Vabadussoja_Ajaloo_Komitee, lk 82
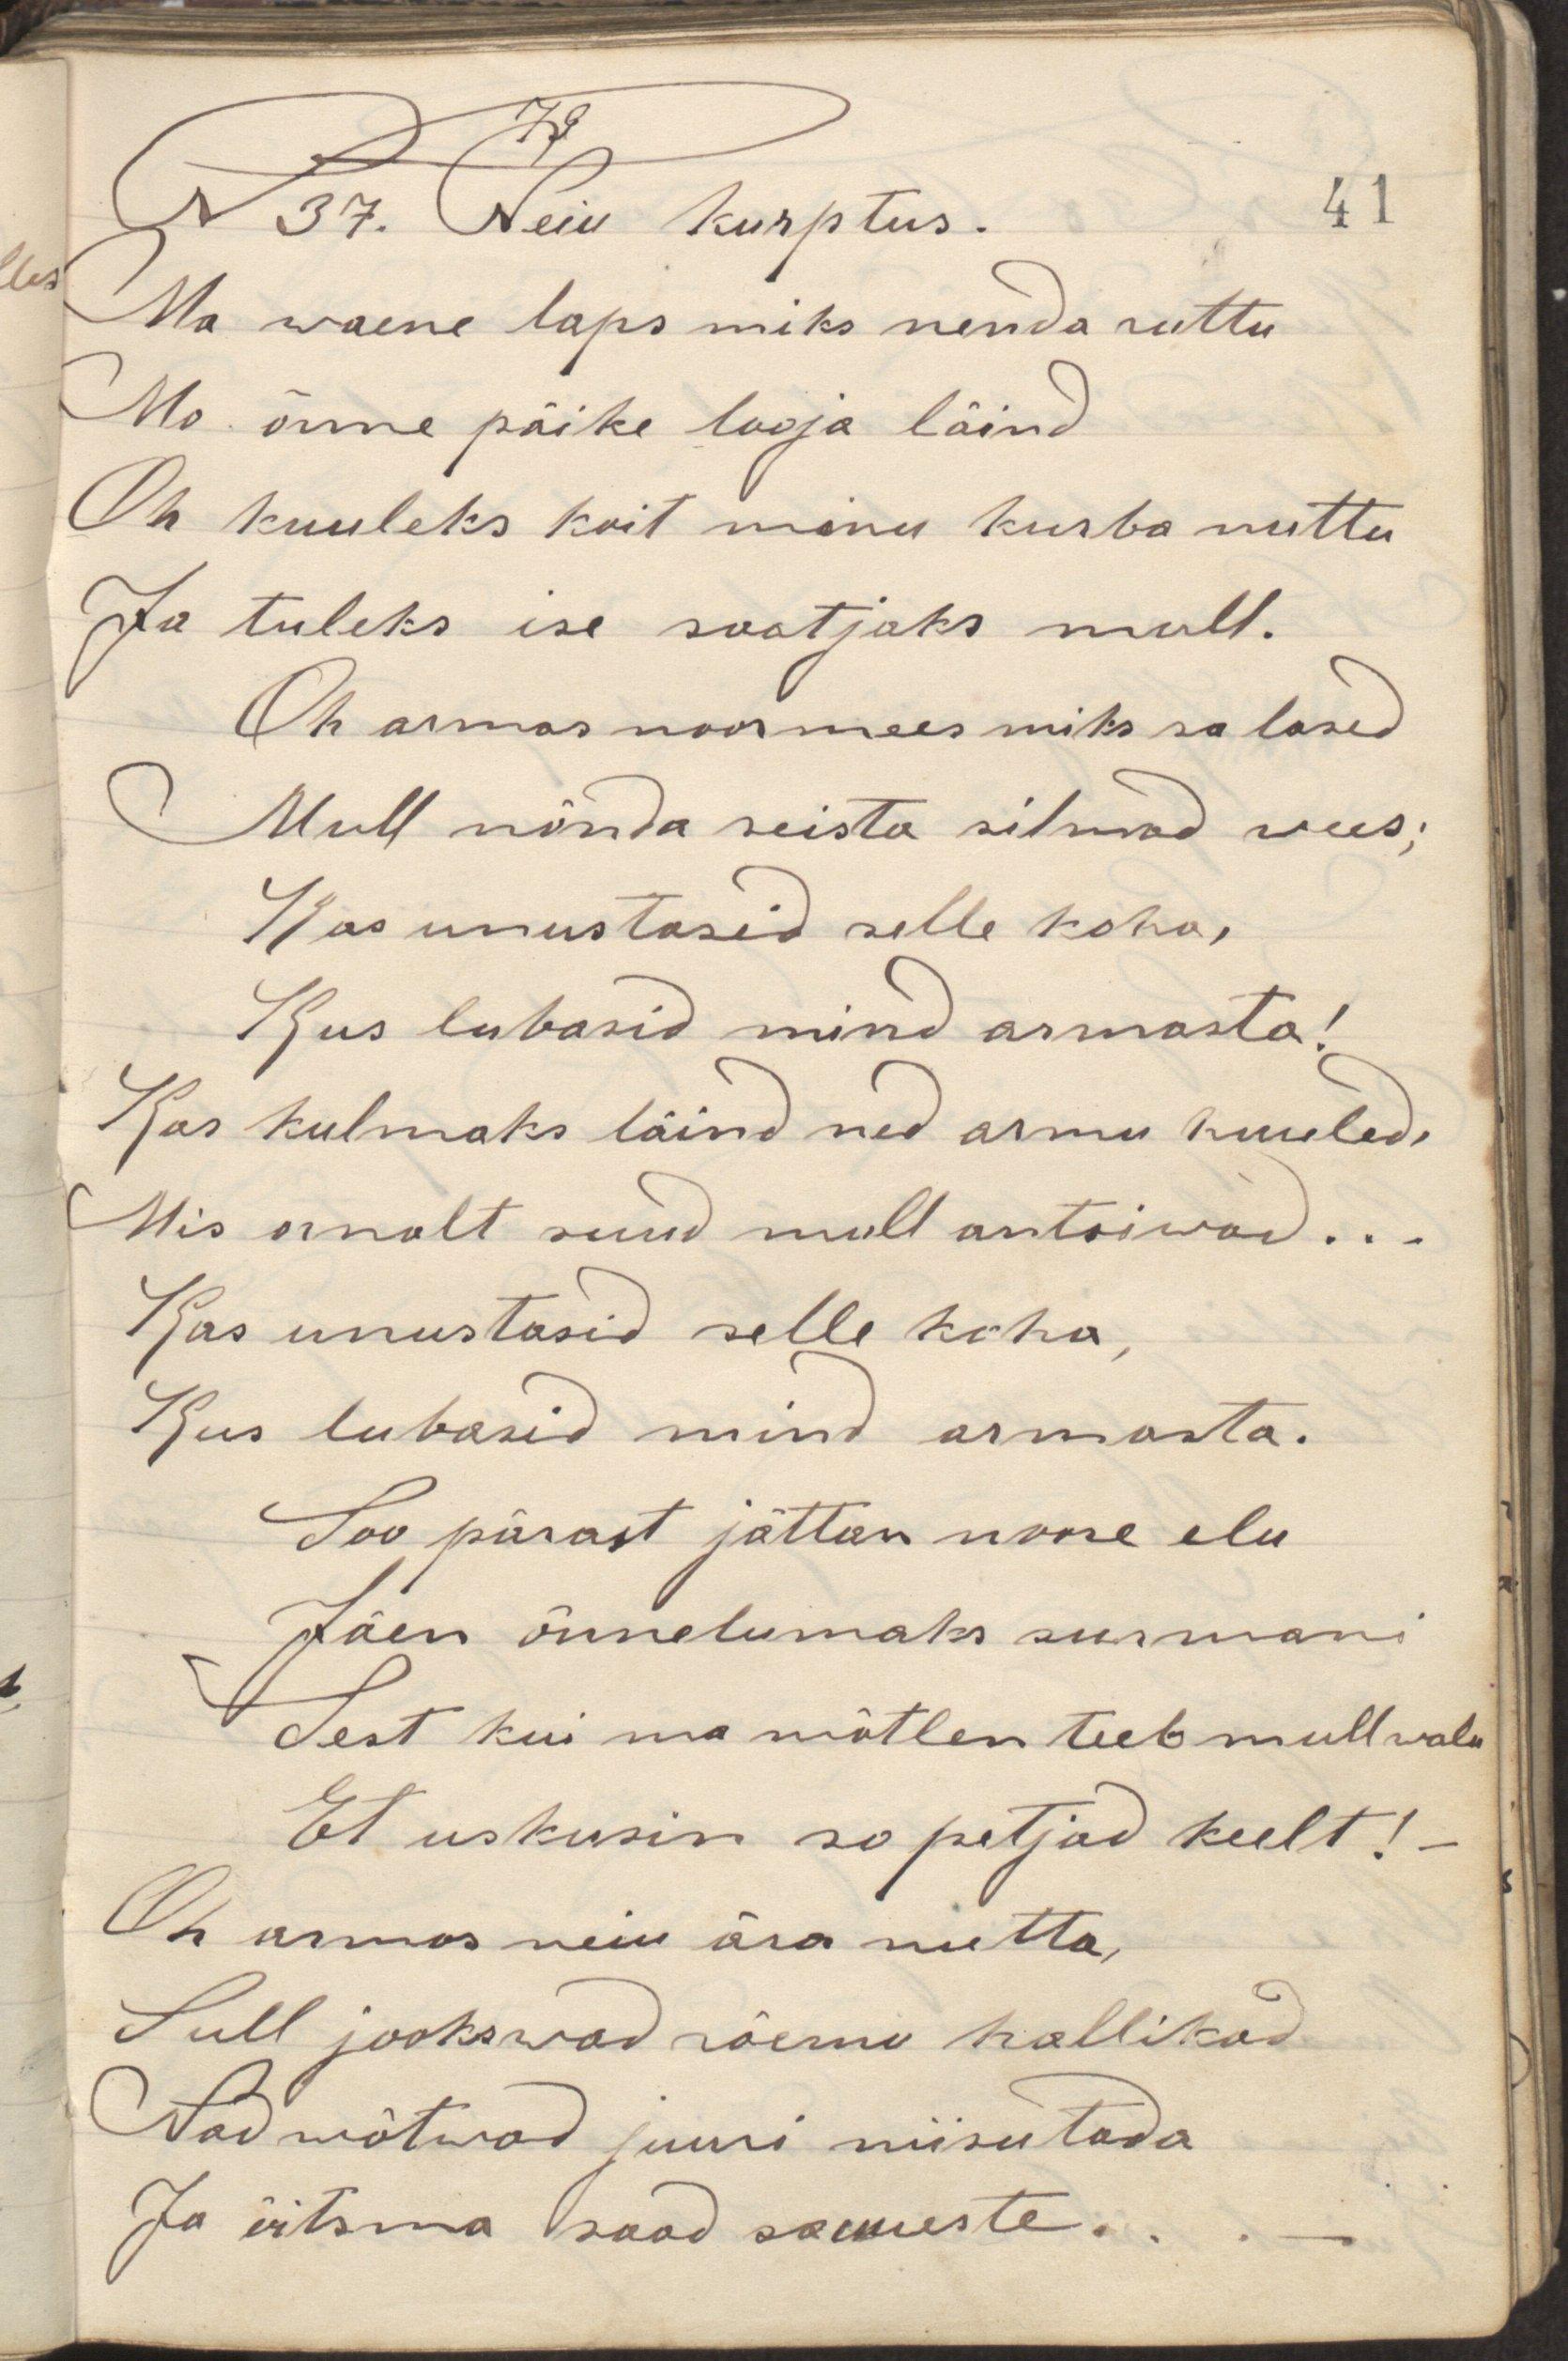
N37. Neiu kurptus.
Ma waene laps miks nenda ruttu
Me õnne päike looja läind
Oh kuuleks koit minu kurba nuttu
Ja tuleks ise saatjaks mull.
Oh armas noormees miks sa lased
Mull nõnda seista silmad wees,
Kas unustasid selle koha,
Kus lubasid mind armasta!
Kas kulmaks läind ned armu huuled.
Mis ornalt suud mull antsiwad...
Kas unustasid selle koha,
Kus lubasid mind armasta.
Soo pärast jättan noore elu
Jäen õnnetumaks surmani
Sest kui ma mõtlen teeb mull walu
Et uskusin so petjad keelt!
Oh armas neiu ära nutta,
Sull jookswad rõemu hallikad
Nad wõtwad juuni niisutada
Ja õitsma saad sa uueste..